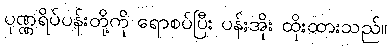
ပုဏ္ဏရိပ်ပန်းတို့ကို ရောစပ်ပြီး ပန်းအိုး ထိုးထားသည်။